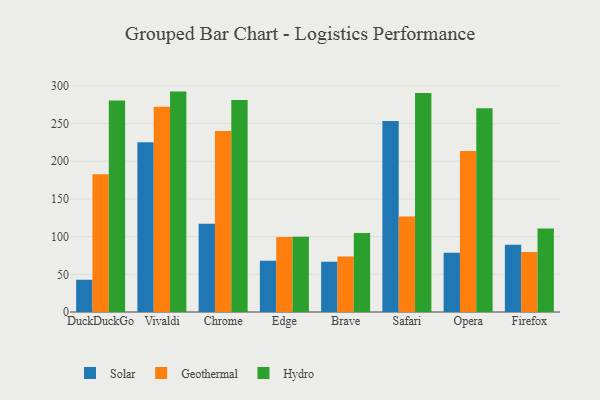
{"axis": {"x": "Browser", "y": "Latency (ms)"}, "legend": ["Geothermal", "Hydro", "Solar"], "data": [{"x": "DuckDuckGo", "y": 42.8, "type": "Solar"}, {"x": "DuckDuckGo", "y": 182.7, "type": "Geothermal"}, {"x": "DuckDuckGo", "y": 280.6, "type": "Hydro"}, {"x": "Vivaldi", "y": 225.1, "type": "Solar"}, {"x": "Vivaldi", "y": 272.3, "type": "Geothermal"}, {"x": "Vivaldi", "y": 292.4, "type": "Hydro"}, {"x": "Chrome", "y": 117.1, "type": "Solar"}, {"x": "Chrome", "y": 240.0, "type": "Geothermal"}, {"x": "Chrome", "y": 281.2, "type": "Hydro"}, {"x": "Edge", "y": 68.1, "type": "Solar"}, {"x": "Edge", "y": 99.6, "type": "Geothermal"}, {"x": "Edge", "y": 99.8, "type": "Hydro"}, {"x": "Brave", "y": 66.7, "type": "Solar"}, {"x": "Brave", "y": 73.7, "type": "Geothermal"}, {"x": "Brave", "y": 104.9, "type": "Hydro"}, {"x": "Safari", "y": 253.3, "type": "Solar"}, {"x": "Safari", "y": 126.8, "type": "Geothermal"}, {"x": "Safari", "y": 290.6, "type": "Hydro"}, {"x": "Opera", "y": 78.6, "type": "Solar"}, {"x": "Opera", "y": 213.6, "type": "Geothermal"}, {"x": "Opera", "y": 270.4, "type": "Hydro"}, {"x": "Firefox", "y": 89.3, "type": "Solar"}, {"x": "Firefox", "y": 79.5, "type": "Geothermal"}, {"x": "Firefox", "y": 110.7, "type": "Hydro"}]}